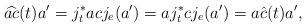
LaTeX: \begin{align*}\widehat{ac}(t)a'=j_t^*acj_e(a')=aj_t^*cj_e(a')=a\hat{c}(t)a',\end{align*}